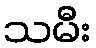
သမီး